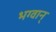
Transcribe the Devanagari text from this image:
भग्वान्